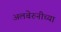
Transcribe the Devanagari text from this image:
अलबेरुनीच्या